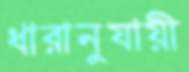
ধারানুযায়ী